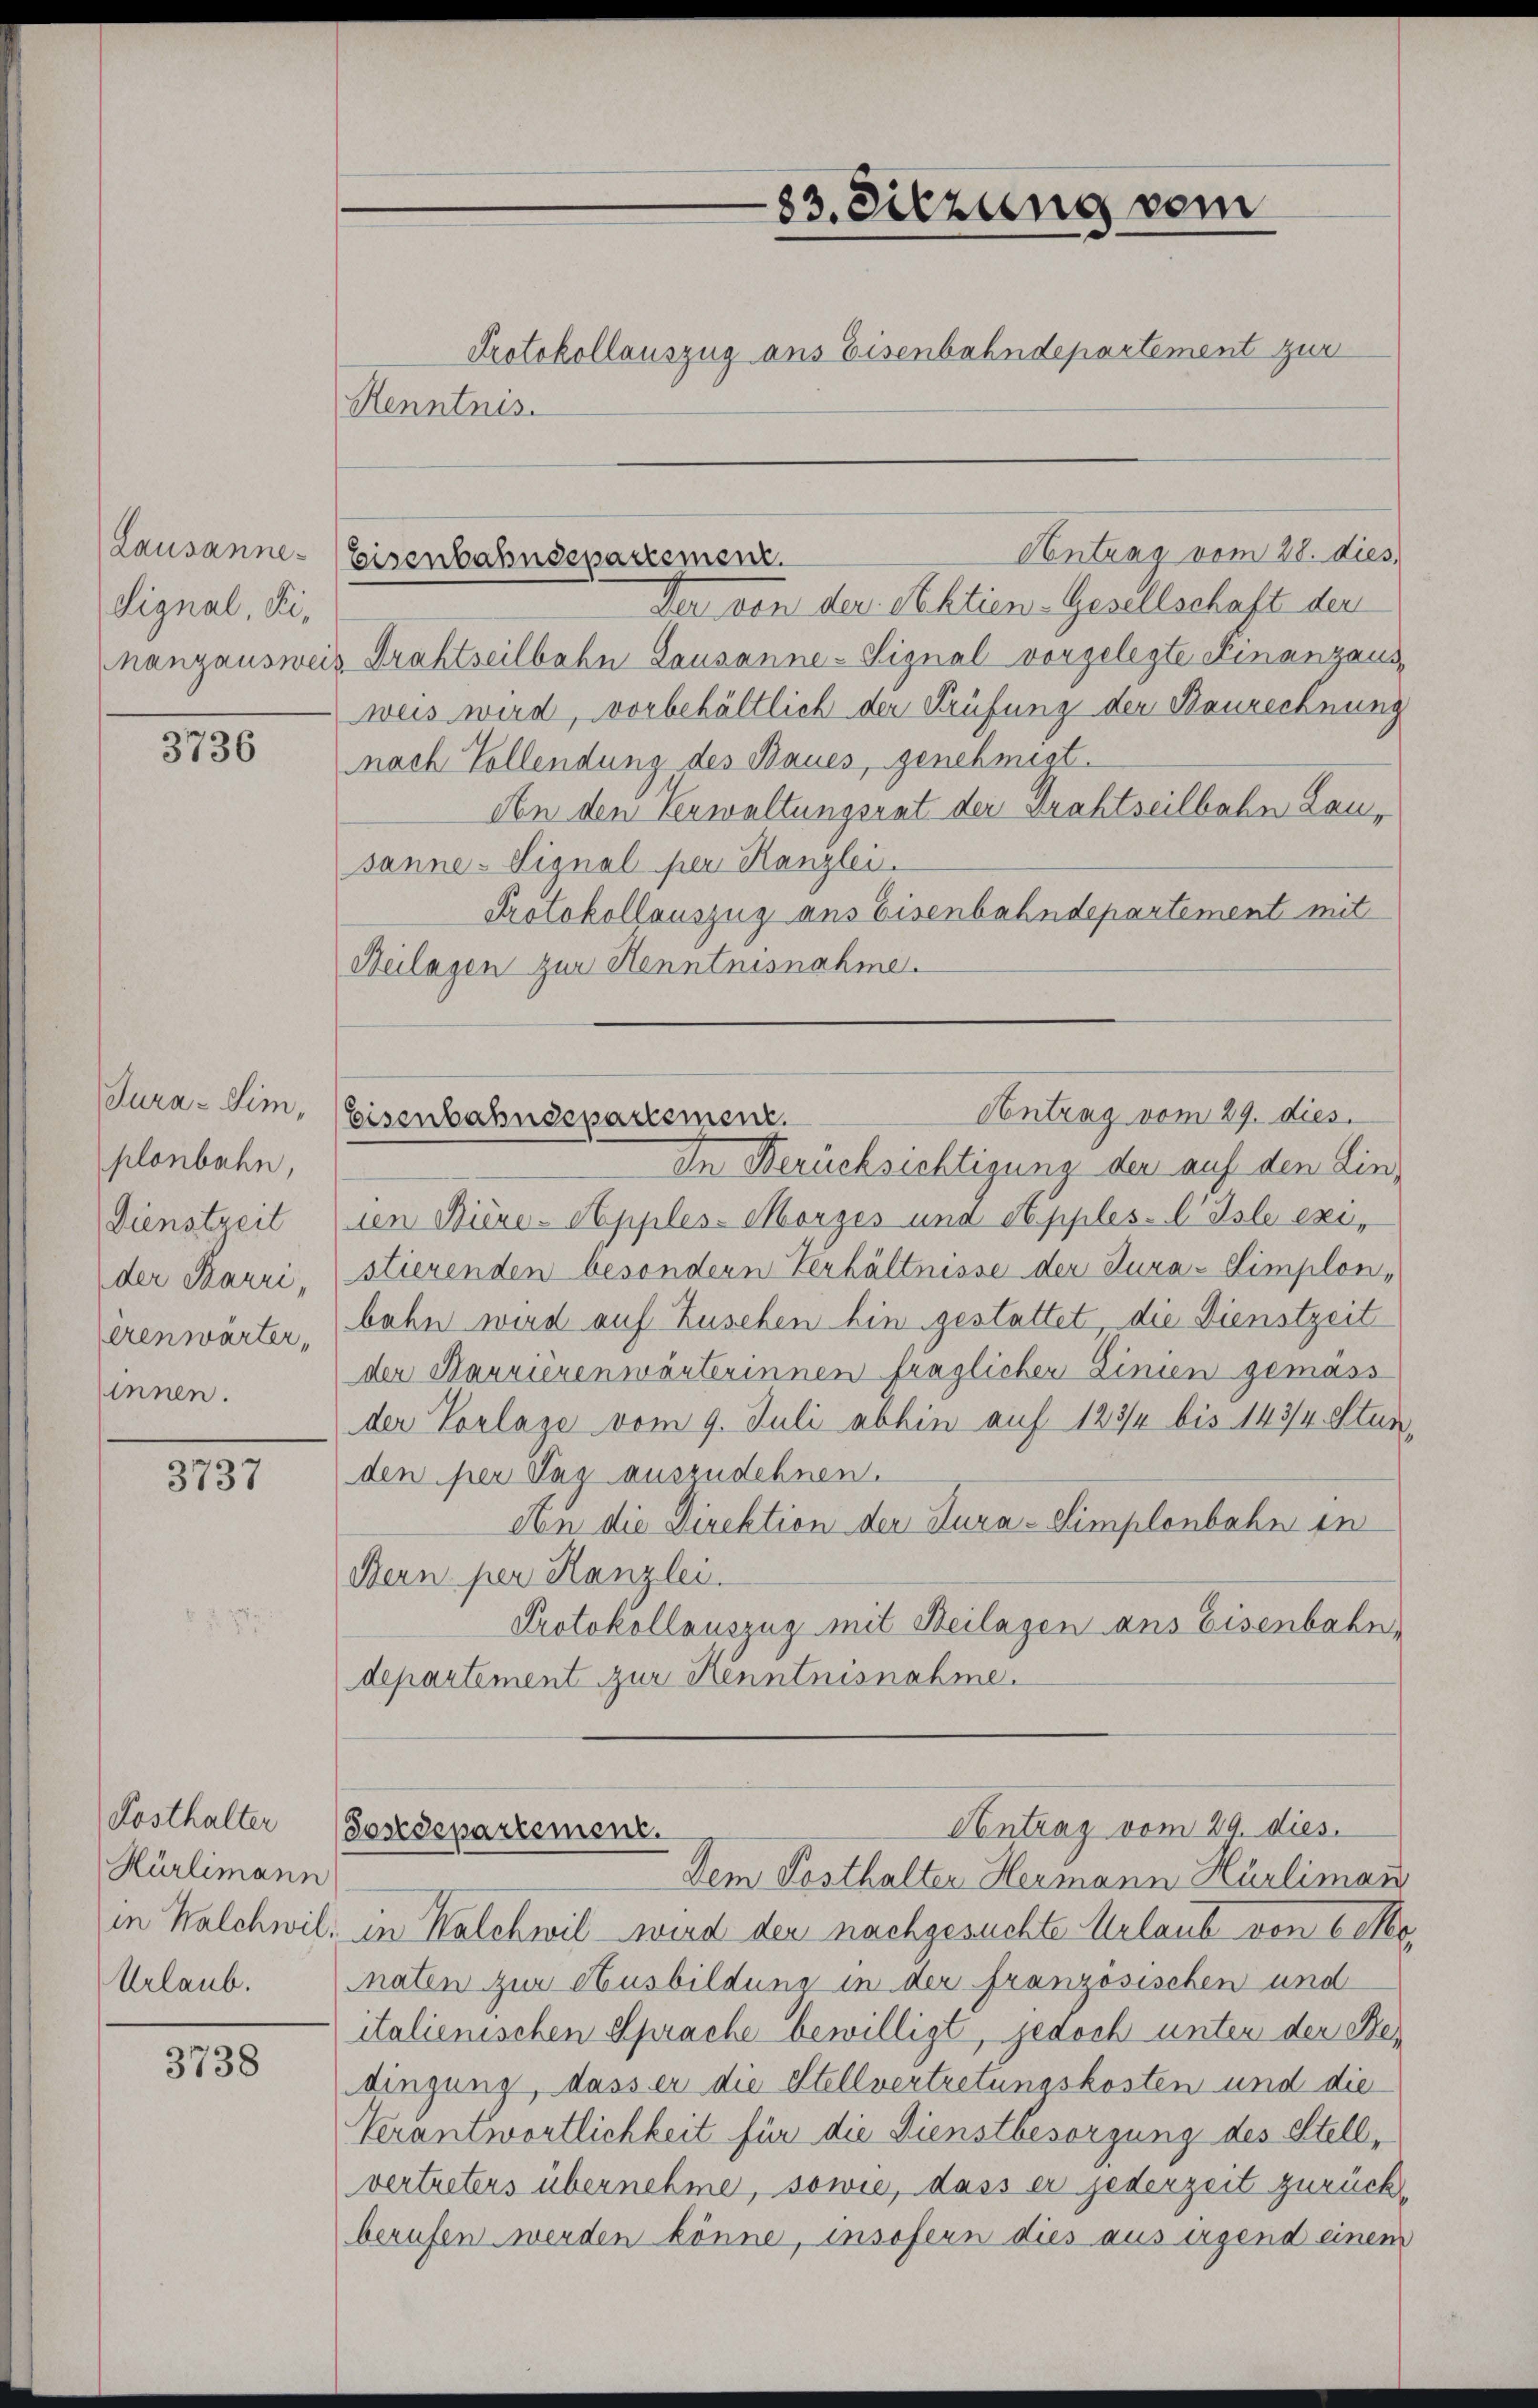
Lausanne
Signal, Fi¬

3736

Jura-Sim,
plonbahn,
Dienstzeit
der Barri,
lrenwärter,
sinnen.

3737

Kosthalter
Hürlimann
in Walchwil,
Urlaub.

3738

Der von der Aktien-Gesellschaft der
nanzausweis Drahtseilbahn Lausanne - Signal vorgelegte Finanzausweis wird, vorbehältlich der Prüfung der Baurechnung
nach Vollendung des Baues, genehmigt.
An den Verwaltungsrat der Drahtseilbahn Lausanne - Signal per Kanzlei.
Protokollauszug aus Eisenbahndepartement mit
Beilagen zur Henntnisnahme.

-83. Sitzung vom
Protokollauszug aus Eisenbahndepartement zur
Kenntnis.

Antrag vom 28. dies
Eisenbahndepartement.

Contrag vom 29. Dies
Eisenbahndepartement.
In Berücksichtigung der auf den Lin¬

ien Bière-Apples-Morzes und Apples. Isle existierenden besondern Verhältnisse der Jura-Simplon,
bahn wird auf Zusehen hin gestattet die Dienstzeit
der Harrierenwärterinnen fraglicher Linien gemäss
der Vorlage vom 9. Juli abhin auf 123/4 bis 143/4 Stunden per Tag auszudehnen.
An die Direktion der Kura-Simplenbahn in
Bern per Kanzlei.
Protokollauszug mit Beilagen ans Eisenbahn,
departement zur Kenntnisnahme.

Antrag vom 29. dies
Postdepartement.

Dem Posthalter Hermann Hürliman
in Kalchwil wird der nachgesuchte Urlaub von Cettemnaten zur Ausbildung in der französischen und
italienischen Sprache bewilligt, jedoch unter der Bedingung, dass er die Stellvertretungskosten und die
Verantwortlichkeit für die Dienstbesorgung des Stellvertreters übernehme, sowie, dass er jederzeit zurückberufen werden könne, insofern dies aus irgend einem